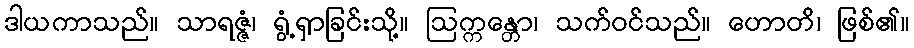
ဒါယကာသည်။ သာရဇ္ဇံ၊ ရွံ့ရှာခြင်းသို့။ ဩက္ကန္တော၊ သက်ဝင်သည်။ ဟောတိ၊ ဖြစ်၏။